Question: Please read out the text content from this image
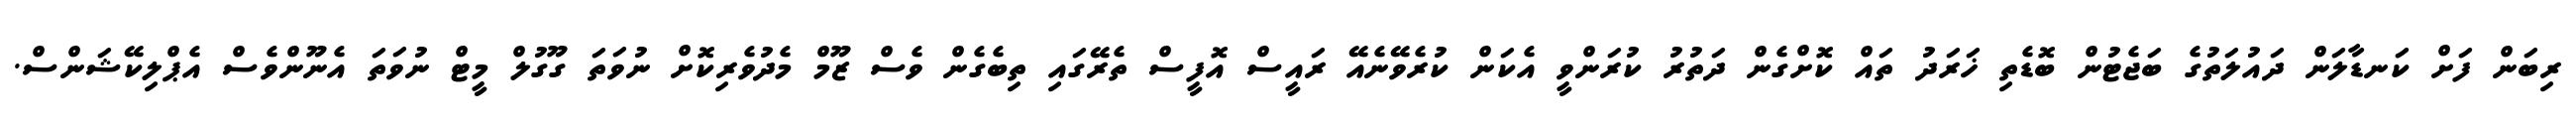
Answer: ރިބަން ފަށް ކަނޑާލަން ދައުލަތުގެ ބަޖެޓުން ބޮޑެތި ޚަރަދު ތައް ކޮށްގެން ދަތުރު ކުރަންވީ އެކަން ކުރެވޭނެއޭ ރައީސް އޮފީސް ތެރޭގައި ތިބެގެން ވެސް ޒޫމް މެދުވެރިކޮށް ނުވަތަ ގޫގުލް މީޓް ނުވަތަ އެނޫންވެސް އެޕްލިކޭޝަންސް.